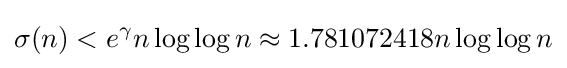
\sigma (n)<e^{\gamma }n\log \log n\approx 1.781072418n\log \log n